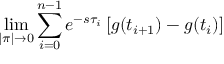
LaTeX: \operatorname* { l i m } _ { | \pi | \to 0 } \sum _ { i = 0 } ^ { n - 1 } e ^ { - s \tau _ { i } } \left[ g ( t _ { i + 1 } ) - g ( t _ { i } ) \right]